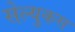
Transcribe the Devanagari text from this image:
सेल्‍युकस